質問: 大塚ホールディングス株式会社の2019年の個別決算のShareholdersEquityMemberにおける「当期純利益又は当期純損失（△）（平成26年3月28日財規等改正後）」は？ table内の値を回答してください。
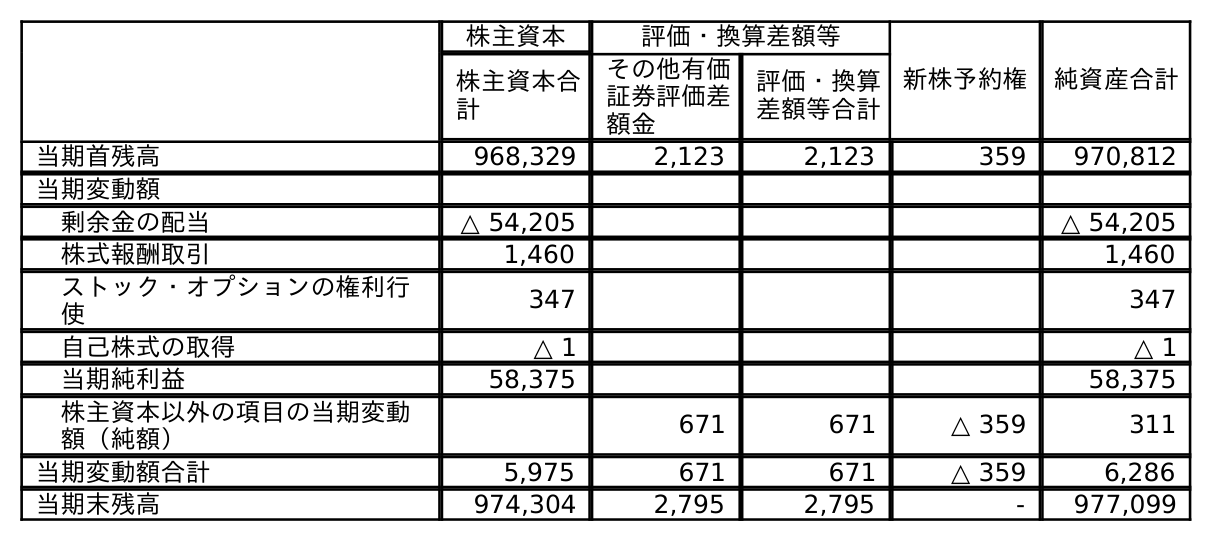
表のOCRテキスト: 株主資本 評価・換算差額等 新株予約権 純資産合計 株主資本合 計 その他有価 証券評価差 額金 評価・換算 差額等合計 当期首残高 968,329 2,123 2,123 359 970,812 当期変動額 剰余金の配当 △ 54,205 △ 54,205 株式報酬取引 1,460 1,460 ストック・オプションの権利行 使 347 347 自己株式の取得 △ 1 △ 1 当期純利益 58,375 58,375 株主資本以外の項目の当期変動 額（純額） 671 671 △ 359 311 当期変動額合計 5,975 671 671 △ 359 6,286 当期末残高 974,304 2,795 2,795 - 977,099
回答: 58,375